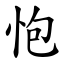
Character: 怉